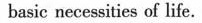
basic necessities of life.